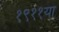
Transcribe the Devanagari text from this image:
१९११या